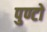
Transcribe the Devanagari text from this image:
पुण्टो